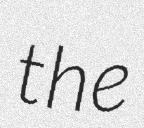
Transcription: the